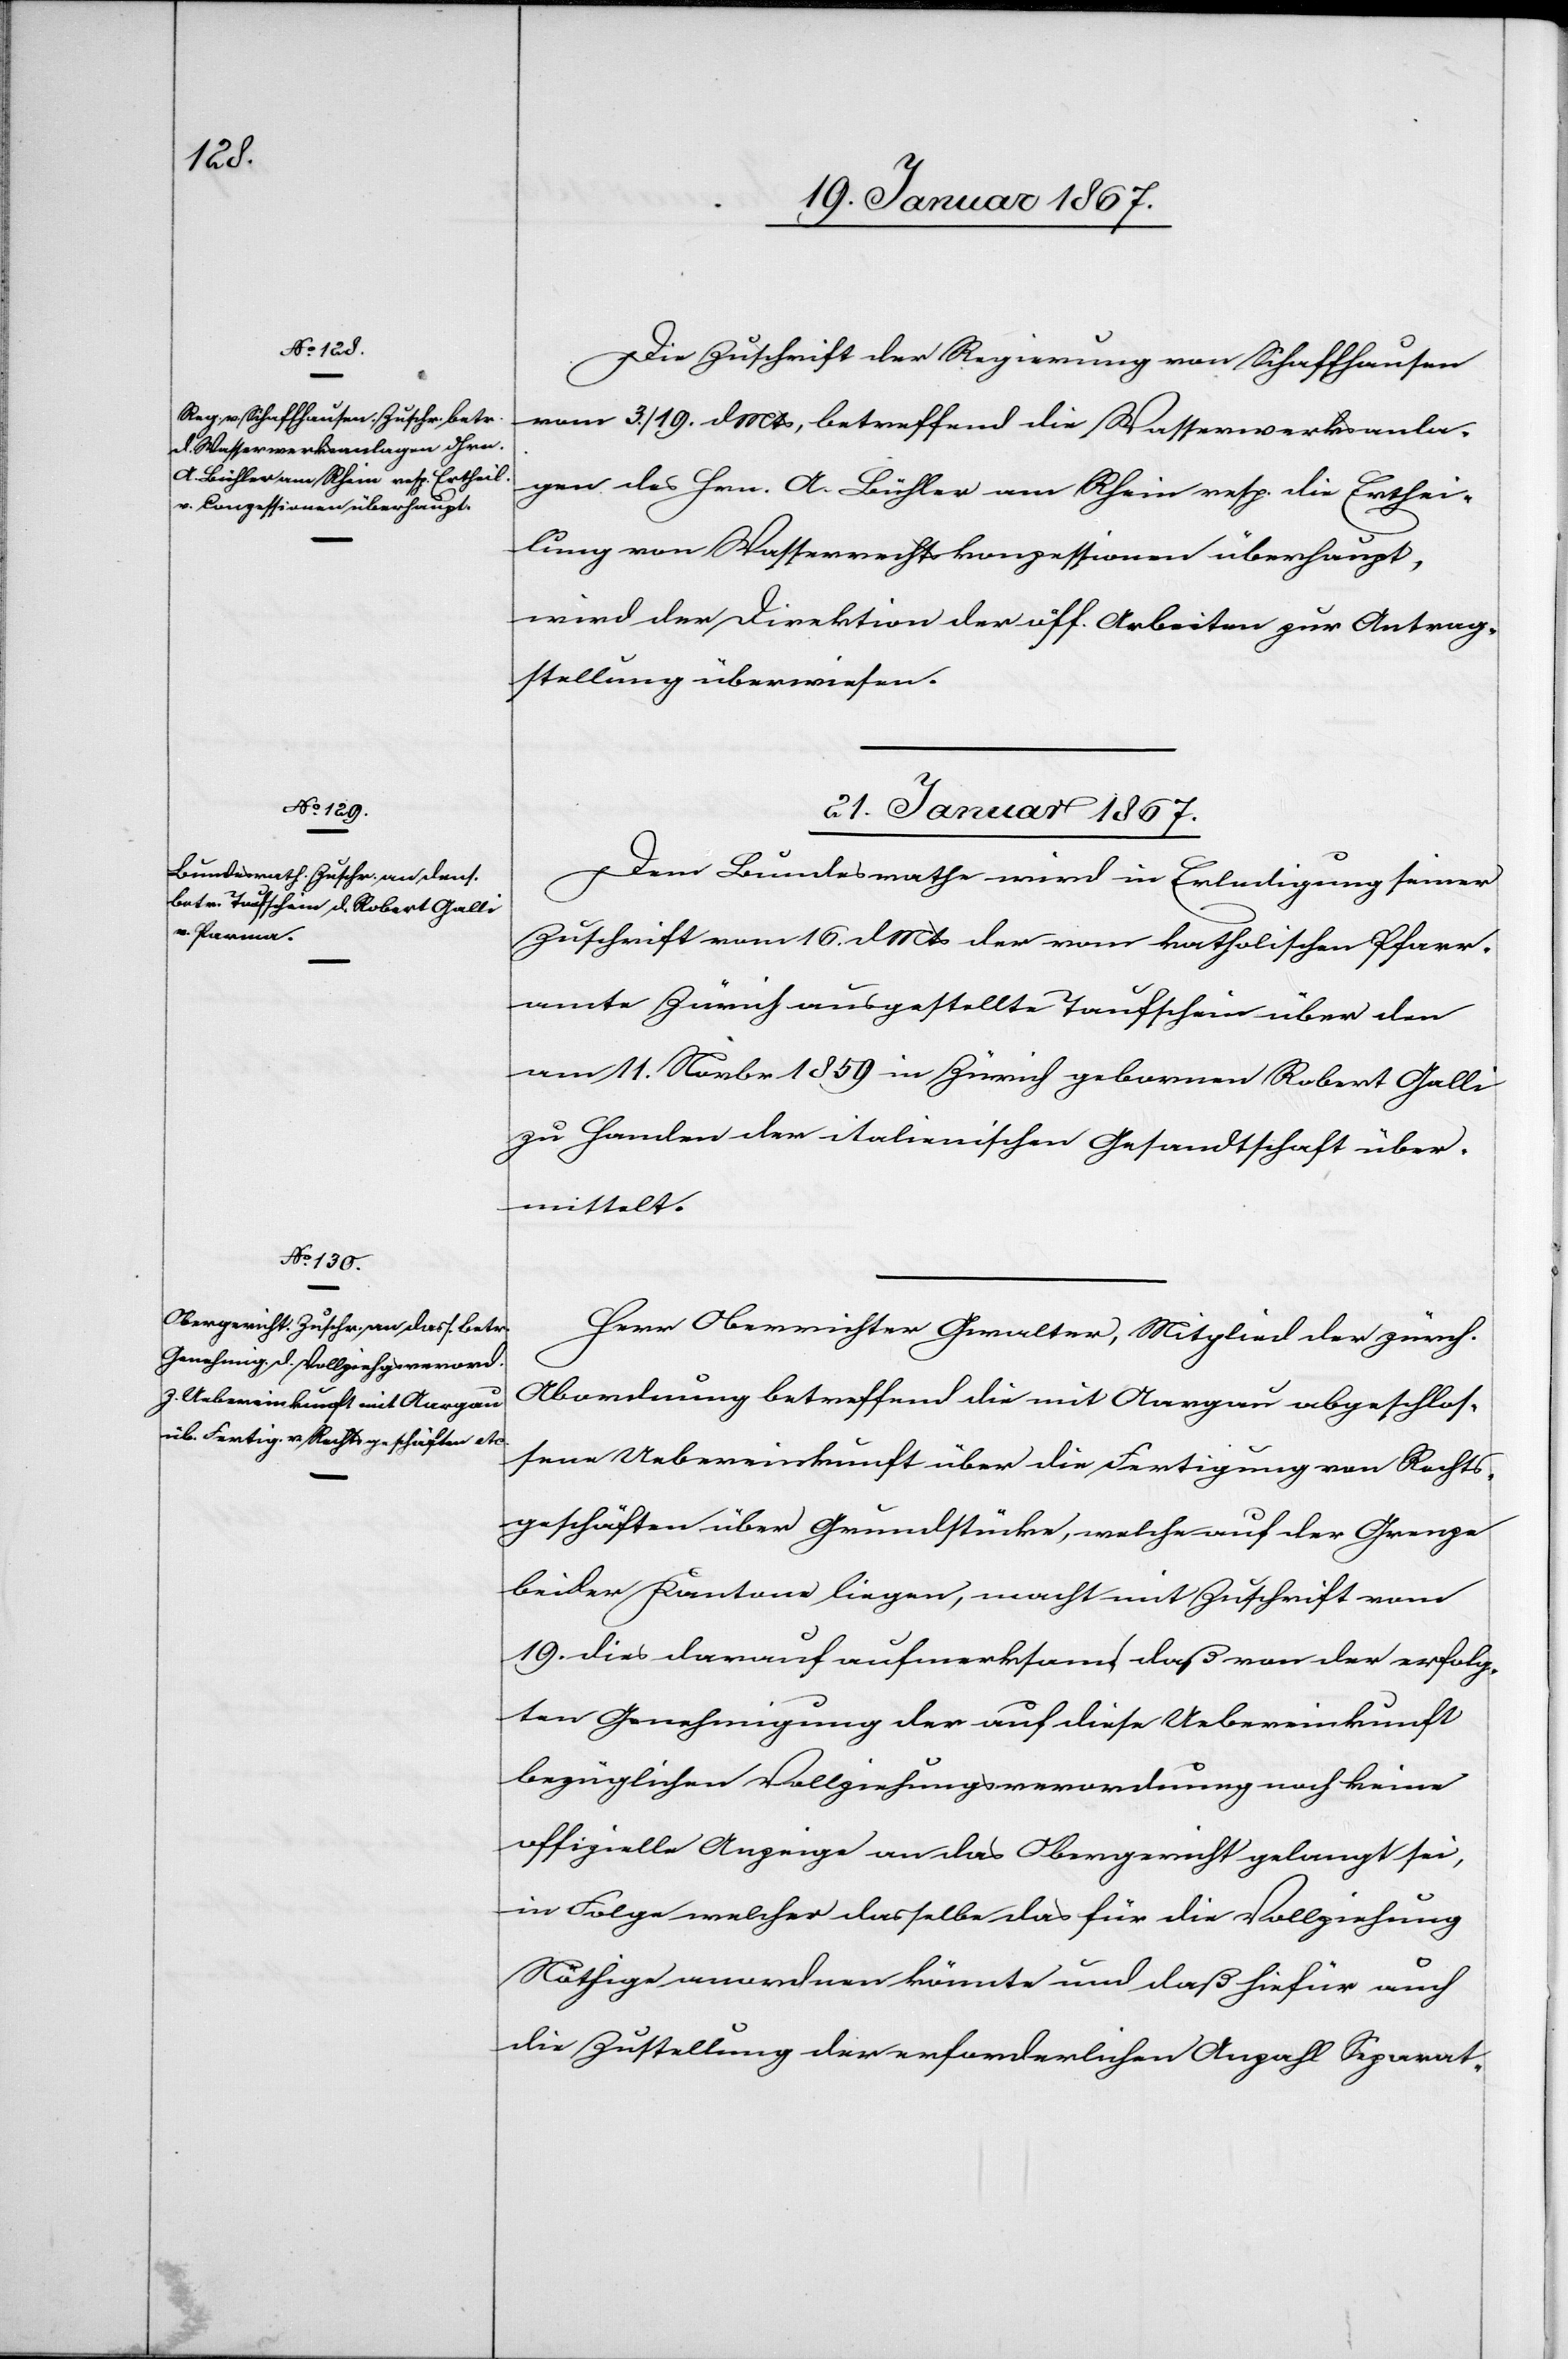
Die Zuschrift der Regierung von Schaffhausen
vom 3./19. d. Mts, betreffend die Wasserwerksanla¬
gen des Hrn. A. Bühler am Rhein resp. die Erthei¬
lung von Wasserrechtskonzessionen überhaupt,
wird der Direktion der öff. Arbeiten zur Antrag¬
stellung überwiesen.
21. Januar 1867.]
Dem Bundesrathe wird in Erledigung seiner
Zuschrift vom 16. d. Mts der vom katholischen Pfarr¬
amte Zürich ausgestellte Taufschein über den
am 11. Novbr 1859 in Zürich gebornen Robert Galli
zu Handen der italienischen Gesandtschaft über¬
mittelt.
Herr Oberrichter Gwalter, Mitglied der zürch.
Abordnung betreffend die mit Aargau abgeschlos¬
sene Uebereinkunft über die Fertigung von Rechts¬
geschäften über Grundstücke, welche auf der Grenze
beider Kantone liegen, macht mit Zuschrift vom
19. dies darauf aufmerksam, daß von der erfolg¬
ten Genehmigung der auf diese Uebereinkunft
bezüglichen Vollziehungsverordnung auf keine
offizielle Anzeige an das Obergericht gelangt sei,
in Folge welcher dasselbe das für die Vollziehung
Nöthige anordnen könnte und daß hiefür auch
die Zustellung der erforderlichen Anzahl Separat-